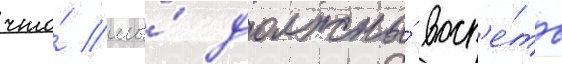
что́ мы́ должны́ восп'е́ть